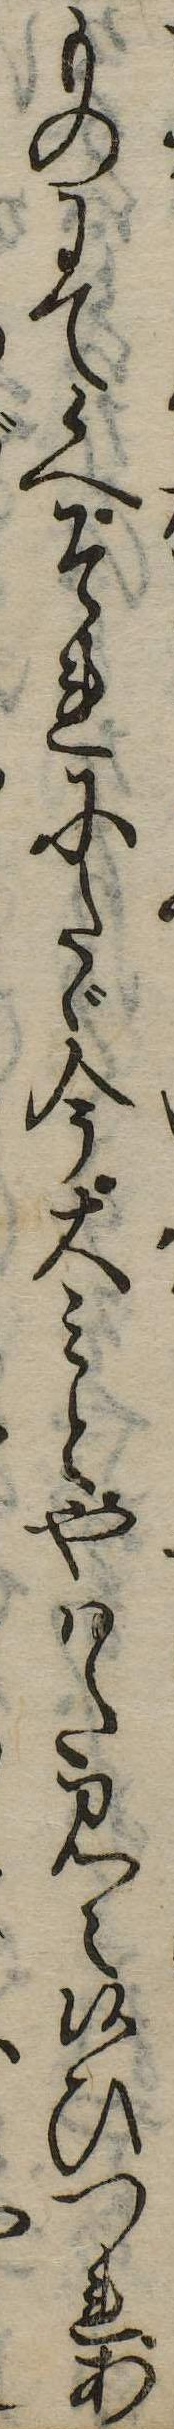
ものにて候へそれにたゞ今大みとやはた見え候ひつれあ